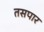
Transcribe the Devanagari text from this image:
तसपार